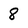
Character: 8